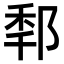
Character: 𨛲